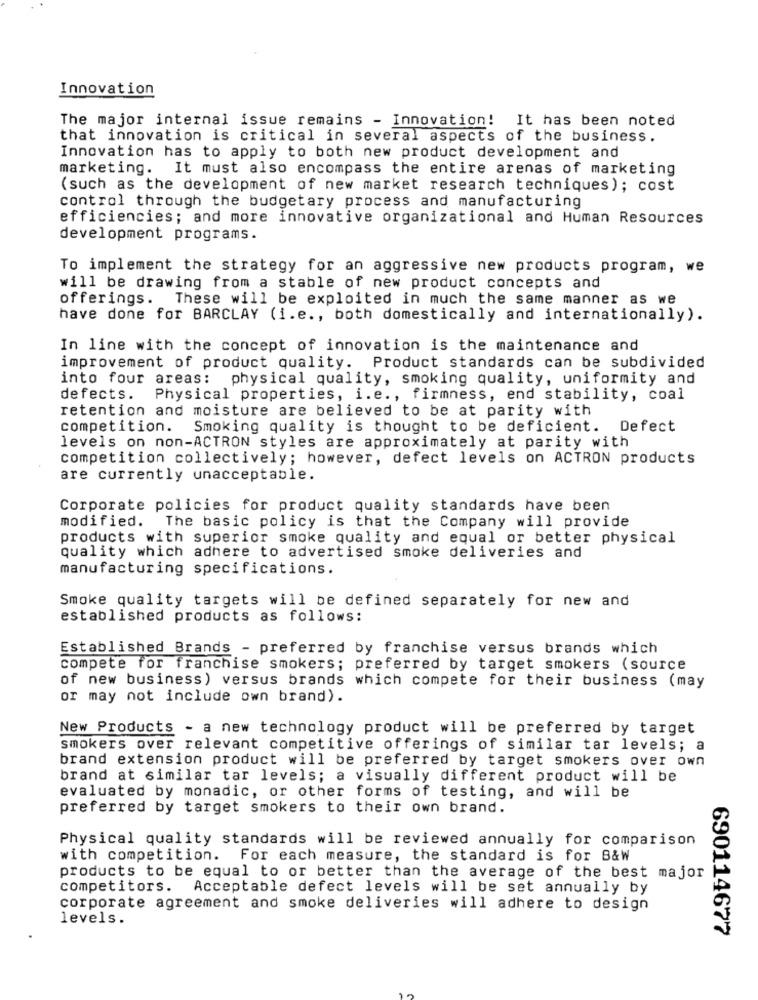
Innovation
The major internal issue remains - Innovation! It has been noted
that innovation is critical in several aspects of the business.
Innovation has to apply to both new product development and
marketing. It must also encompass the entire arenas of marketing
(such as the development of new market research techniques); cost
control through the budgetary process and manufacturing
efficiencies; and more innovative organizational and Human Resources
development programs.
To implement the strategy for an aggressive new products program, we
will be drawing from a stable of new product concepts and
offerings. These will be exploited in much the same manner as we
have done for BARCLAY (i.e ., both domestically and internationally).
In line with the concept of innovation is the maintenance and
improvement of product quality. Product standards can be subdivided
into four areas: physical quality, smoking quality, uniformity and
defects. Physical properties, i.e ., firmness, end stability, coal
retention and moisture are believed to be at parity with
competition. Smoking quality is thought to be deficient. Defect
levels on non-ACTRON styles are approximately at parity with
competition collectively; however, defect levels on ACTRON products
are currently unacceptable.
Corporate policies for product quality standards have been
modified. The basic policy is that the Company will provide
products with superior smoke quality and equal or better physical
quality which adhere to advertised smoke deliveries and
manufacturing specifications.
Smoke quality targets will be defined separately for new and
established products as follows:
Established Brands - preferred by franchise versus brands which
compete for franchise smokers; preferred by target smokers (source
of new business) versus brands which compete for their business (may
or may not include own brand).
New Products - a new technology product will be preferred by target
smokers over relevant competitive offerings of similar tar levels; a
brand extension product will be preferred by target smokers over own
brand at similar tar levels; a visually different product will be
evaluated by monadic, or other forms of testing, and will be
preferred by target smokers to their own brand.
Physical quality standards will be reviewed annually for comparison
with competition. For each measure, the standard is for B&W
products to be equal to or better than the average of the best major
competitors.
Acceptable defect levels will be set annually by
corporate agreement and smoke deliveries will adhere to design
levels.
690114677